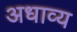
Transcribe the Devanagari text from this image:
अधाव्य